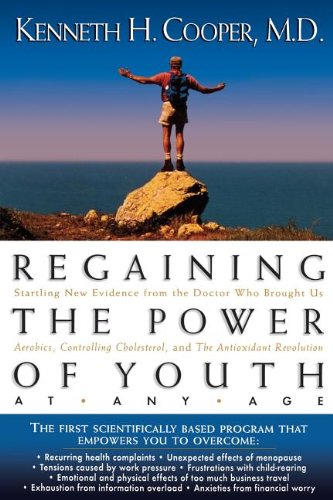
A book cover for Regaining The Power Of Youth at Any Age: Startling New Evidence from the Doctor Who Brought Us Aerobics, Controlling Cholesterol and the Antioxidant Revolution; Kenneth Cooper; Health, Fitness & Dieting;